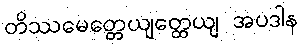
တိဿမေတ္တေယျတ္ထေယျ အပဒါန